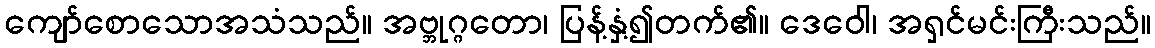
ကျော်စောသောအသံသည်။ အဗ္ဘုဂ္ဂတော၊ ပြန့်နှံ့၍တက်၏။ ဒေဝေါ၊ အရှင်မင်းကြီးသည်။